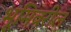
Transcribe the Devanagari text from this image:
भूमिवरील